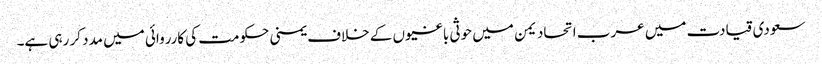
سعودی قیادت میں عرب اتحاد یمن میں حوثی باغیوں کے خلاف یمنی حکومت کی کارروائی میں مدد کر رہی ہے۔